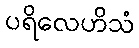
ပရိလေဟိသံ